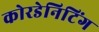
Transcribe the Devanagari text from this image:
कोरडेनिटिंग